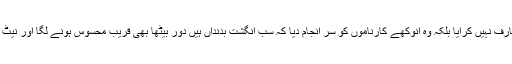
اس نے صرف ہمیں موبائل فون سے متعارف نہیں کرایا بلکہ وہ انوکھے کارناموں کو سر انجام دیا کہ سب انگشت بدنداں ہیں دور بیٹھا بھی قریب محسوس ہونے لگا اور نیٹ اور اس میں کار آمد چیزوں کو پیش کیا ۔